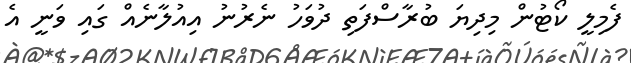
ފެމިލީ ކޯޓުން މިދިޔަ ބުރާސްފަތި ދުވަހު ނެރުނު އިއުލާނެއް ގައި ވަނީ އެ